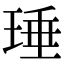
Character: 㻔